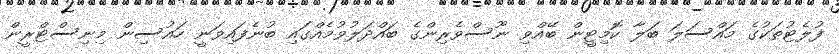
ފުލެޓުތަކުގެ މައްސަލަ ބަލާ ކޮމިޓީން ބޭއްވި ނޫސްވެރިންގެ ބައްދަލުވުމެއްގައި ބުނެފައިވަނީ ހައުސިން މިނިސްޓްރީން